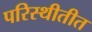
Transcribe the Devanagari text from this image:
परिस्थीतीत